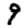
Digit: 9